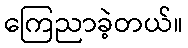
ကြေညာခဲ့တယ်။